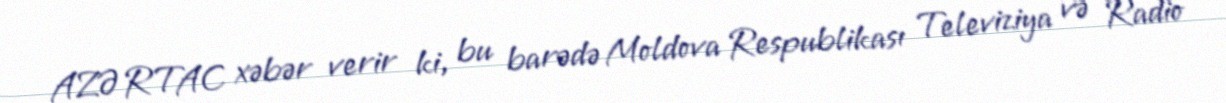
AZƏRTAC xəbər verir ki, bu barədə Moldova Respublikası Televiziya və Radio